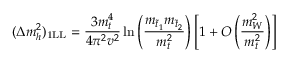
( \Delta m _ { h } ^ { 2 } ) _ { \mathrm { 1 L L } } = \frac { 3 m _ { t } ^ { 4 } } { 4 \pi ^ { 2 } v ^ { 2 } } \ln \left( \frac { m _ { { \tilde { t } } _ { 1 } } m _ { { \tilde { t } } _ { 2 } } } { m _ { t } ^ { 2 } } \right) \left[ 1 + { \cal O } \left( { \frac { m _ { W } ^ { 2 } } { m _ { t } ^ { 2 } } } \right) \right]